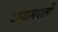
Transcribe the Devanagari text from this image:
आयामवाली